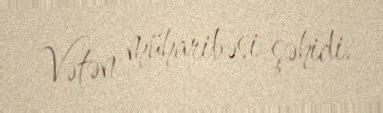
Vətən müharibəsi şəhidi.